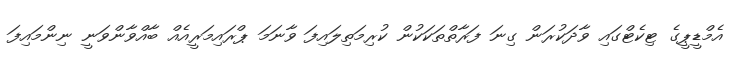
އެމްޑީޕީގެ ޓިކެޓްގައި ވާދަކުރަން ގިނަ ފަރާތްތަކަކުން ކުރިމަތިލައިފަ ވާނަަމަ ޕްރައިމަރީއެއް ބާއްވާންވަނީ ނިންމައިފަ